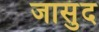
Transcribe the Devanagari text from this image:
जासुंद